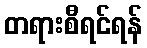
တရားစီရင်ရန်